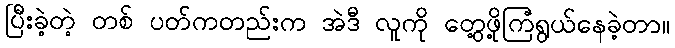
ပြီးခဲ့တဲ့ တစ် ပတ်ကတည်းက အဲဒီ လူကို တွေ့ဖို့ကြံရွယ်နေခဲ့တာ။